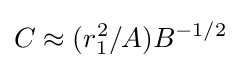
C\approx (r_{1}^{2}/A)B^{-1/2}